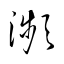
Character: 瀕